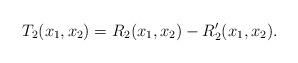
LaTeX: \begin{align*}T_2(x_1,x_2)=R_2(x_1,x_2)-R_2^{\prime}(x_1,x_2).\end{align*}